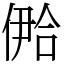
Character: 鿘